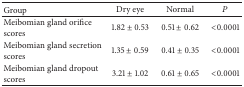
<table><thead><tr><td><b>Group </b></td><td><b>Dry eye</b></td><td><b>Normal</b></td><td><b><i>P</i></b></td></tr></thead><tbody><tr><td>Meibomian gland orifice scores</td><td>1.82 ± 0.53</td><td>0.51 ± 0.62</td><td>&lt;0.0001</td></tr><tr><td>Meibomian gland secretion scores</td><td>1.35 ± 0.59</td><td>0.41 ± 0.35</td><td>&lt;0.0001</td></tr><tr><td>Meibomian gland dropout scores</td><td>3.21 ± 1.02</td><td>0.61 ± 0.65</td><td>&lt;0.0001</td></tr></tbody></table>